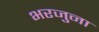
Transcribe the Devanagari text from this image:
भरजुना